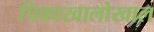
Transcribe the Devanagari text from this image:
पिकाखालोखाल